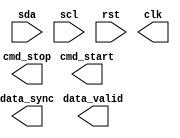
module i2c_controller (
    input wire sda, // Serial Data Line
    input wire scl, // Serial Clock Line
    input wire rst, // Reset
    output wire cmd_start, // Command Start
    output wire cmd_stop, // Command Stop
    output wire clk, // Clock Signal
    output wire data_valid, // Data Valid
    output wire data_sync // Data Synchronization
);

// Timing control and synchronization logic here

endmodule